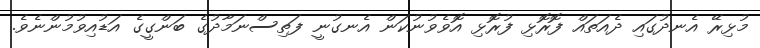
މުޅިރޭ އެނދުގައި ދެއަތައް ފޮރޮޅި ފުރޮޅި އޮވެވުނުކަން އެނގުނީ ފަތިސްނަމާދުގެ ބަންގީގެ އަޑުއިވުމުންނެވެ.